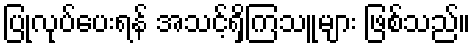
ပြုလုပ်ပေးရန် အသင့်ရှိကြသူများ ဖြစ်သည်။